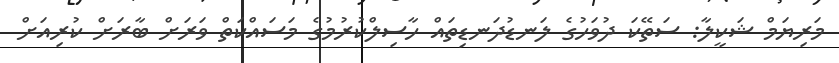
މަރިޔަމް ޝަކީލާ: ސަތޭކަ ދުވަހުގެ ލަނޑުދަނޑިތައް ހާސިލްކުރުމުގެ މަަސައްކަތް ވަރަށް ބާރަށް ކުރިއަށް